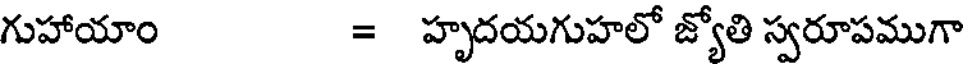
గుహాయాం = హృదయగుహలో జ్యోతి స్వరూపముగా